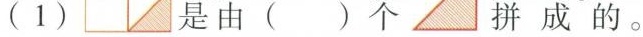
(1) 是由()个 拼成的。